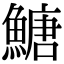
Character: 𩹶